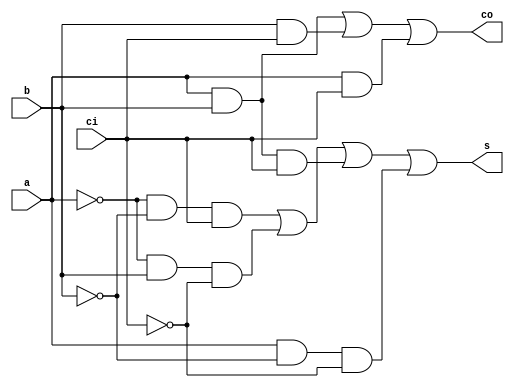
module	fa_dataflow(s, co, a, b, ci);

	output		s		;
	output		co		;

	input		a		;
	input		b		;
	input		ci		;

	assign	s	=	(~a&~b&ci)|(~a&b&~ci)|(a&b&ci)|(a&~b&~ci)	;
	assign	co	=	(a&b)|(b&ci)|(a&ci)							;

endmodule

module fa4_inst(s, co, a, b, ci);

	output	[3:0]	s		;
	output			co		;

	input 	[3:0]	a		;
	input 	[3:0]	b		;
	input 			ci		;

	wire	[2:0]	carry	;

	fa_dataflow fa_u0(	.s (s[0]	),
        		 		.co(carry[0]),
         				.a(a[0]		),
         				.b(b[0]		),
         				.ci(ci		));

	fa_dataflow fa_u1(	.s (s[1]	),
         				.co(carry[1]),
         				.a(a[1]		),
         				.b(b[1]		),
         				.ci(carry[0]));

	fa_dataflow fa_u2(	.s (s[2]	),
        	 			.co(carry[2]),
         				.a(a[2]		),
         				.b(b[2]		),
         				.ci(carry[1]));

	fa_dataflow fa_u3(	.s (s[3]	),
         				.co(co		),
         				.a(a[3]		),
        				.b(b[3]		),
         				.ci(carry[2]	));

endmodule

module	fa4_mbit(s, co, a, b, ci);

	output	[3:0] 	s		;
	output 			co		;

	input 	[3:0] 	a		;
	input 	[3:0] 	b		;
	input 			ci		;

	assign	{co, s} = a+b+ci;

endmodule